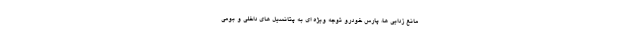
مانع زدایی ها، پارس خودرو توجه ویژه ای به پتانسیل های داخلی و بومی